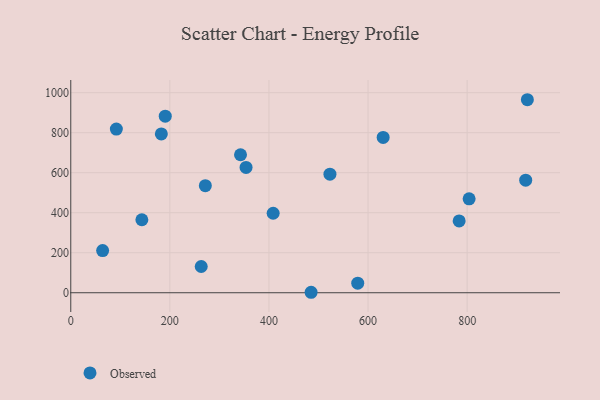
{"axis": {"x": "Experience", "y": "Profit"}, "legend": ["Observed"], "data": [{"x": "804.0", "y": 469.2, "type": "Observed"}, {"x": "190.7", "y": 882.5, "type": "Observed"}, {"x": "918.2", "y": 562.7, "type": "Observed"}, {"x": "143.5", "y": 364.9, "type": "Observed"}, {"x": "523.1", "y": 592.8, "type": "Observed"}, {"x": "485.1", "y": 2.3, "type": "Observed"}, {"x": "271.6", "y": 535.1, "type": "Observed"}, {"x": "353.8", "y": 626.2, "type": "Observed"}, {"x": "182.8", "y": 793.8, "type": "Observed"}, {"x": "783.9", "y": 359.2, "type": "Observed"}, {"x": "342.6", "y": 689.8, "type": "Observed"}, {"x": "263.3", "y": 131.2, "type": "Observed"}, {"x": "921.6", "y": 964.8, "type": "Observed"}, {"x": "408.5", "y": 397.2, "type": "Observed"}, {"x": "630.5", "y": 776.4, "type": "Observed"}, {"x": "92.0", "y": 818.3, "type": "Observed"}, {"x": "579.2", "y": 47.8, "type": "Observed"}, {"x": "64.3", "y": 210.7, "type": "Observed"}]}